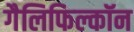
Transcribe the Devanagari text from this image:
गैलिफिल्कॉन